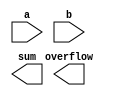
module RCA16(
    input  [15:0] a,
    input  [15:0] b,
    output [15:0] sum,
    output overflow
);

// put your design here

endmodule